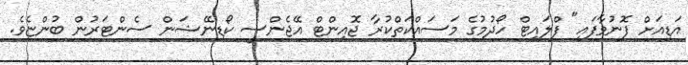
އަޑިއަށް ފޮނުވާފައި" ފްލައިޓް ހޯދުމުގެ މަސައްކަތްކުރާ ޖޮއިންޓް އޭޖެންސީ ކޯޑިނޭޝަން ސެންޓަރުން ބުންޏެވެ.